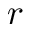
r